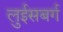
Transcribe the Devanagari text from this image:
लुईसबर्ग